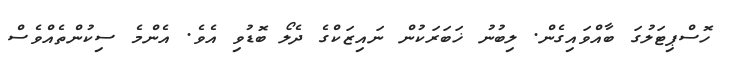
ހޮސްޕިޓަލުގަ ބާއްވައިގެން. ލިބުނު ޚަބަރަކުން ނައިޒަކްގެ ދެލޯ ބޮޑުވި އެވެ. އެންމެ ސިކުންތެއްވެސް